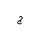
Letter: _gim